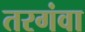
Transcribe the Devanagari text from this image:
तरगंवा